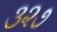
૩૨૭